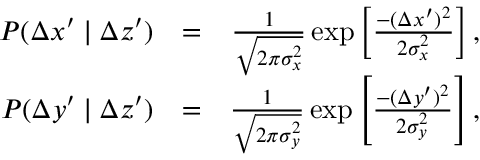
\begin{array} { r l r } { P ( \Delta x ^ { \prime } \mid \Delta z ^ { \prime } ) } & { = } & { \frac { 1 } { \sqrt { 2 \pi \sigma _ { x } ^ { 2 } } } \exp \left[ \frac { - ( \Delta x ^ { \prime } ) ^ { 2 } } { 2 \sigma _ { x } ^ { 2 } } \right] , } \\ { P ( \Delta y ^ { \prime } \mid \Delta z ^ { \prime } ) } & { = } & { \frac { 1 } { \sqrt { 2 \pi \sigma _ { y } ^ { 2 } } } \exp \left[ \frac { - ( \Delta y ^ { \prime } ) ^ { 2 } } { 2 \sigma _ { y } ^ { 2 } } \right] , } \end{array}